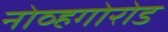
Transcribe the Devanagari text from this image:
नोव्हगोरोड